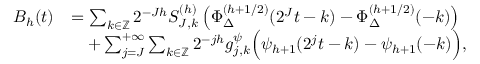
\begin{array} { r l } { B _ { h } ( t ) } & { = \sum _ { k \in \mathbb { Z } } 2 ^ { - J h } S _ { J , k } ^ { ( h ) } \left( \Phi _ { \Delta } ^ { ( h + 1 / 2 ) } ( 2 ^ { J } t - k ) - \Phi _ { \Delta } ^ { ( h + 1 / 2 ) } ( - k ) \right) } \\ & { \quad + \sum _ { j = J } ^ { + \infty } \sum _ { k \in \mathbb { Z } } 2 ^ { - j h } g _ { j , k } ^ { \psi } \Big ( \psi _ { h + 1 } ( 2 ^ { j } t - k ) - \psi _ { h + 1 } ( - k ) \Big ) , } \end{array}